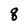
Character: q